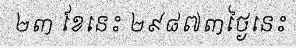
២៣ ខែនេះ ២៩៨៧៣ថ្ងៃនេះ